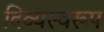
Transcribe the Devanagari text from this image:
दिव्यस्वरूप